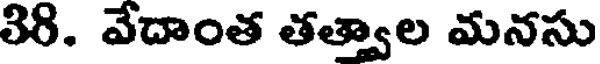
38. వేదాంత తత్వాల మనసు